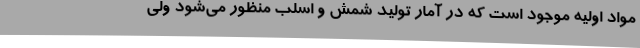
مواد اولیه موجود است که در آمار تولید شمش و اسلب منظور می‌شود ولی